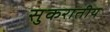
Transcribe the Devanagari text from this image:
सुकरातीय